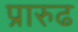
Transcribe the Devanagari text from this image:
प्रारुढ